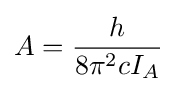
A={h \over {8\pi ^{2}cI_{A}}}